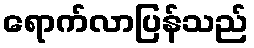
ရောက်လာပြန်သည်